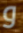
و